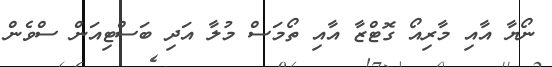
ނޯޔާ އާއި މާރިއޯ ގޮޓްޒާ އާއި ތޯމަސް މުލާ އަދި ބަސްޓިއަން ސްވެން